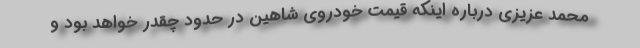
محمد عزيزي درباره اينكه قيمت خودروي شاهين در حدود چقدر خواهد بود و